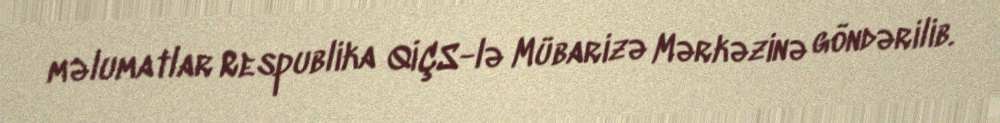
məlumatlar Respublika QİÇS-lə Mübarizə Mərkəzinə göndərilib.